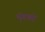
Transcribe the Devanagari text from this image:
भृंगकों